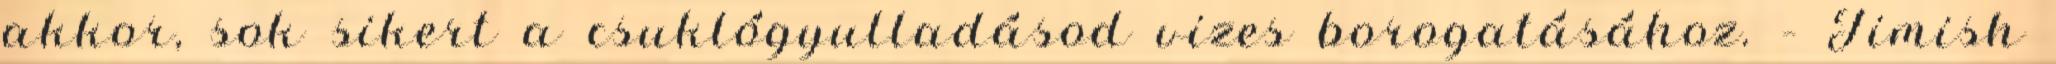
akkor, sok sikert a csuklógyulladásod vizes borogatásához. – Timish